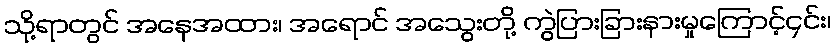
သို့ရာတွင် အနေအထား၊ အရောင် အသွေးတို့ ကွဲပြားခြားနားမှုကြောင့်၄င်း၊